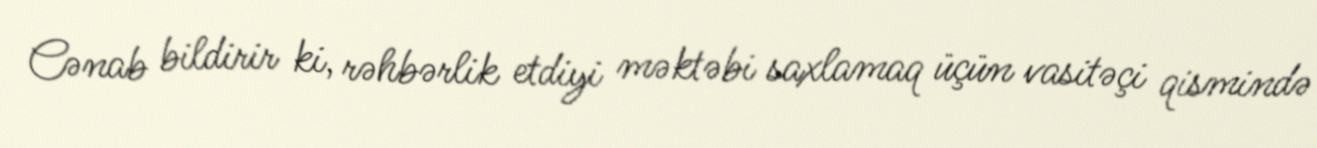
Cənab bildirir ki, rəhbərlik etdiyi məktəbi saxlamaq üçün vasitəçi qismində